Papaver somniferum - Opium : an extract from the sixth volume of the Dictionary of Economic Products of India
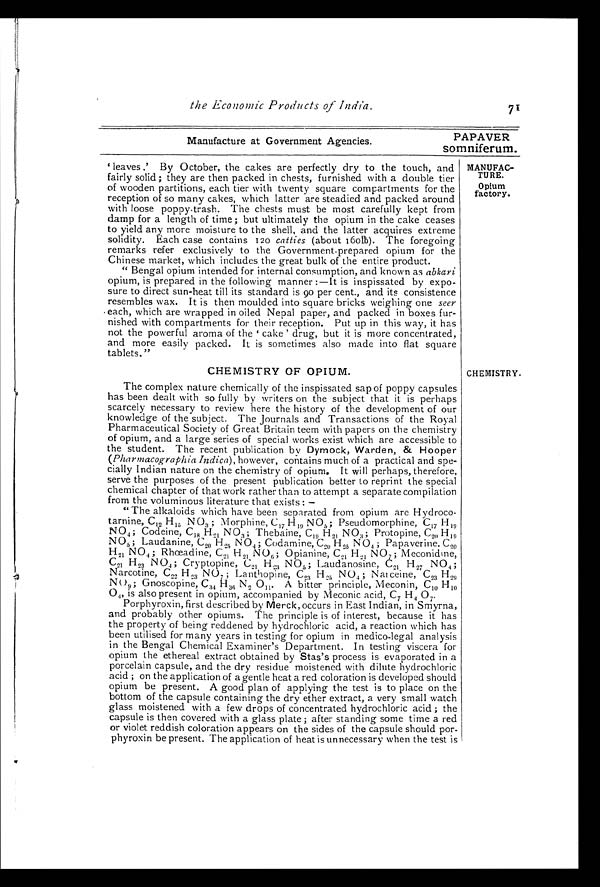
the Economic Products of India
71
Manufacture at Government Agencies.
PAPAVER
somniferum.
' l e a v e s . ' B y O c t o b e r , t h e c a k e s a r e p e r f e c t l y d r y t o t h e t o u c h , a n d
fairly solid ; they are then packed in chests, furnished with a double tier
of wooden partitions, each tier with twenty square compartments for the
reception of so many cakes, which latter are steadied and packed around
with loose poppy-trash. The chests must be most carefully kept from
damp for a length of time ; but ultimately the opium in the cake ceases
to yield any more moisture to the shell, and the latter acquires extreme
solidity. Each case contains 120 catties (about 160lb). The foregoing
remarks refer exclusively to the Government prepared opium for the
Chinese market, which includes the great bulk of the entire product.
" Bengal opium intended for internal consumption, and known as abkari
opium, is prepared in the following manner :—It is inspissated b њ y expo-
sure to direct sun-heat till its standard is 90 per cent., and its consistence
resembles wax. It is then moulded into square bricks weighing one seer
each, which are wrapped in oiled Nepal paper, and packed in boxes fur-
nished with compartments for their reception. Put up in this way, it has
not the powerful aroma of the 'cake ' drug, but it is more concentrated,
and more easily packed. It is sometimes also made into flat square
tablets."
CHEMISTRY OF OPIUM.
The complex nature chemically of the inspissated sap of poppy capsules
has been dealt with so fully by writers on the subject that it is perhaps
scarcely necessary to review here the history of the development of our
knowledge of the subject. The Journals and Transactions of the Royal
Pharmaceutical Society of Great Britain teem with papers on the chemistry
of opium, and a large series of special works exist which are accessible to
the student. The recent publication by Dymock, Warden, & Hooper
(Pharmacographia Indica), however, contains much of a practical and spe-
cially Indian nature on the chemistry of opium. It will perhaps, therefore,
serve the purposes of the present publication better to reprint the special
chemical chapter of that work rather than to attempt a separate compilation
from the voluminous literature that exists : —
" The alkaloids which have been separated from opium are Hydroco.
tarnine, C12,H 1 5
N O 3 ; M o r p h i n e , C 1 7 H 1 9 N O5
; P s e u d o m o r p h i n e , C
17H 1 9
NO 4 ; Codeine, C18 H21 NO3; Thebaine, C19, H21 NO3; Protopine,C 2 0
H 1 9
NO 5 ; Laudanine, C20 H 25 NO4 ; Codamine, C20 H25 NO4 ; Papaverine. C
2 0 H
2 1
N O 4 ; R h œ a d i n e , C 2 1 H 2 1
N O 6 ; O p i a n i n e , C 2 1 H 2 1 N O 7 ; M e c o n i d m e ,
C21 H 23 NO4; Cryptopine, C21 H23 NO 5 ; Laudanosine, C21 H27 NO4;
Narcotine, C22 H23 NO 7 ; Lanthopine, C23 H.25 NO4 ; Natceine, C23 H29
NO9; Gnoscopi ne, C34, H36 N2 O11. A bi tter pri nci pl e, Meconi n, C1 0
H 1 0
O4 is also present in opium, accompanied by Meconic acid, C 7 H4 O 7.
Porphyroxin, first described by Merck, occurs in East Indian, in Smyrna,
and probably other opiums. The principle is of interest, because it has
the property of being reddened by hydrochloric acid, a reaction which has
been utilised for many years in testing for opium in medico-legal analysis
in the Bengal Chemical Examiner's Department. In testing viscera for
opium the ethereal extract obtained by Stas's process is evaporated in a
porcelain capsule, and the dry residue moistened with dilute hydrochloric
acid ; on the application of a gentle heat a red coloration is developed should
opium be present. A good plan of applying the test is to place on the
bottom of the capsule containing the dry ether extract, a very small watch
glass moistened with a few drops of concentrated hydrochloric acid ; the
capsule is then covered with a glass plate ; after standing some time a red
or violet reddish coloration appears on the sides of the capsule should por-
phyroxin be present. The application of heat is unnecessary when the test is
MANUFAC-
TURE.
Opium
factory.
CHEMISTRY.